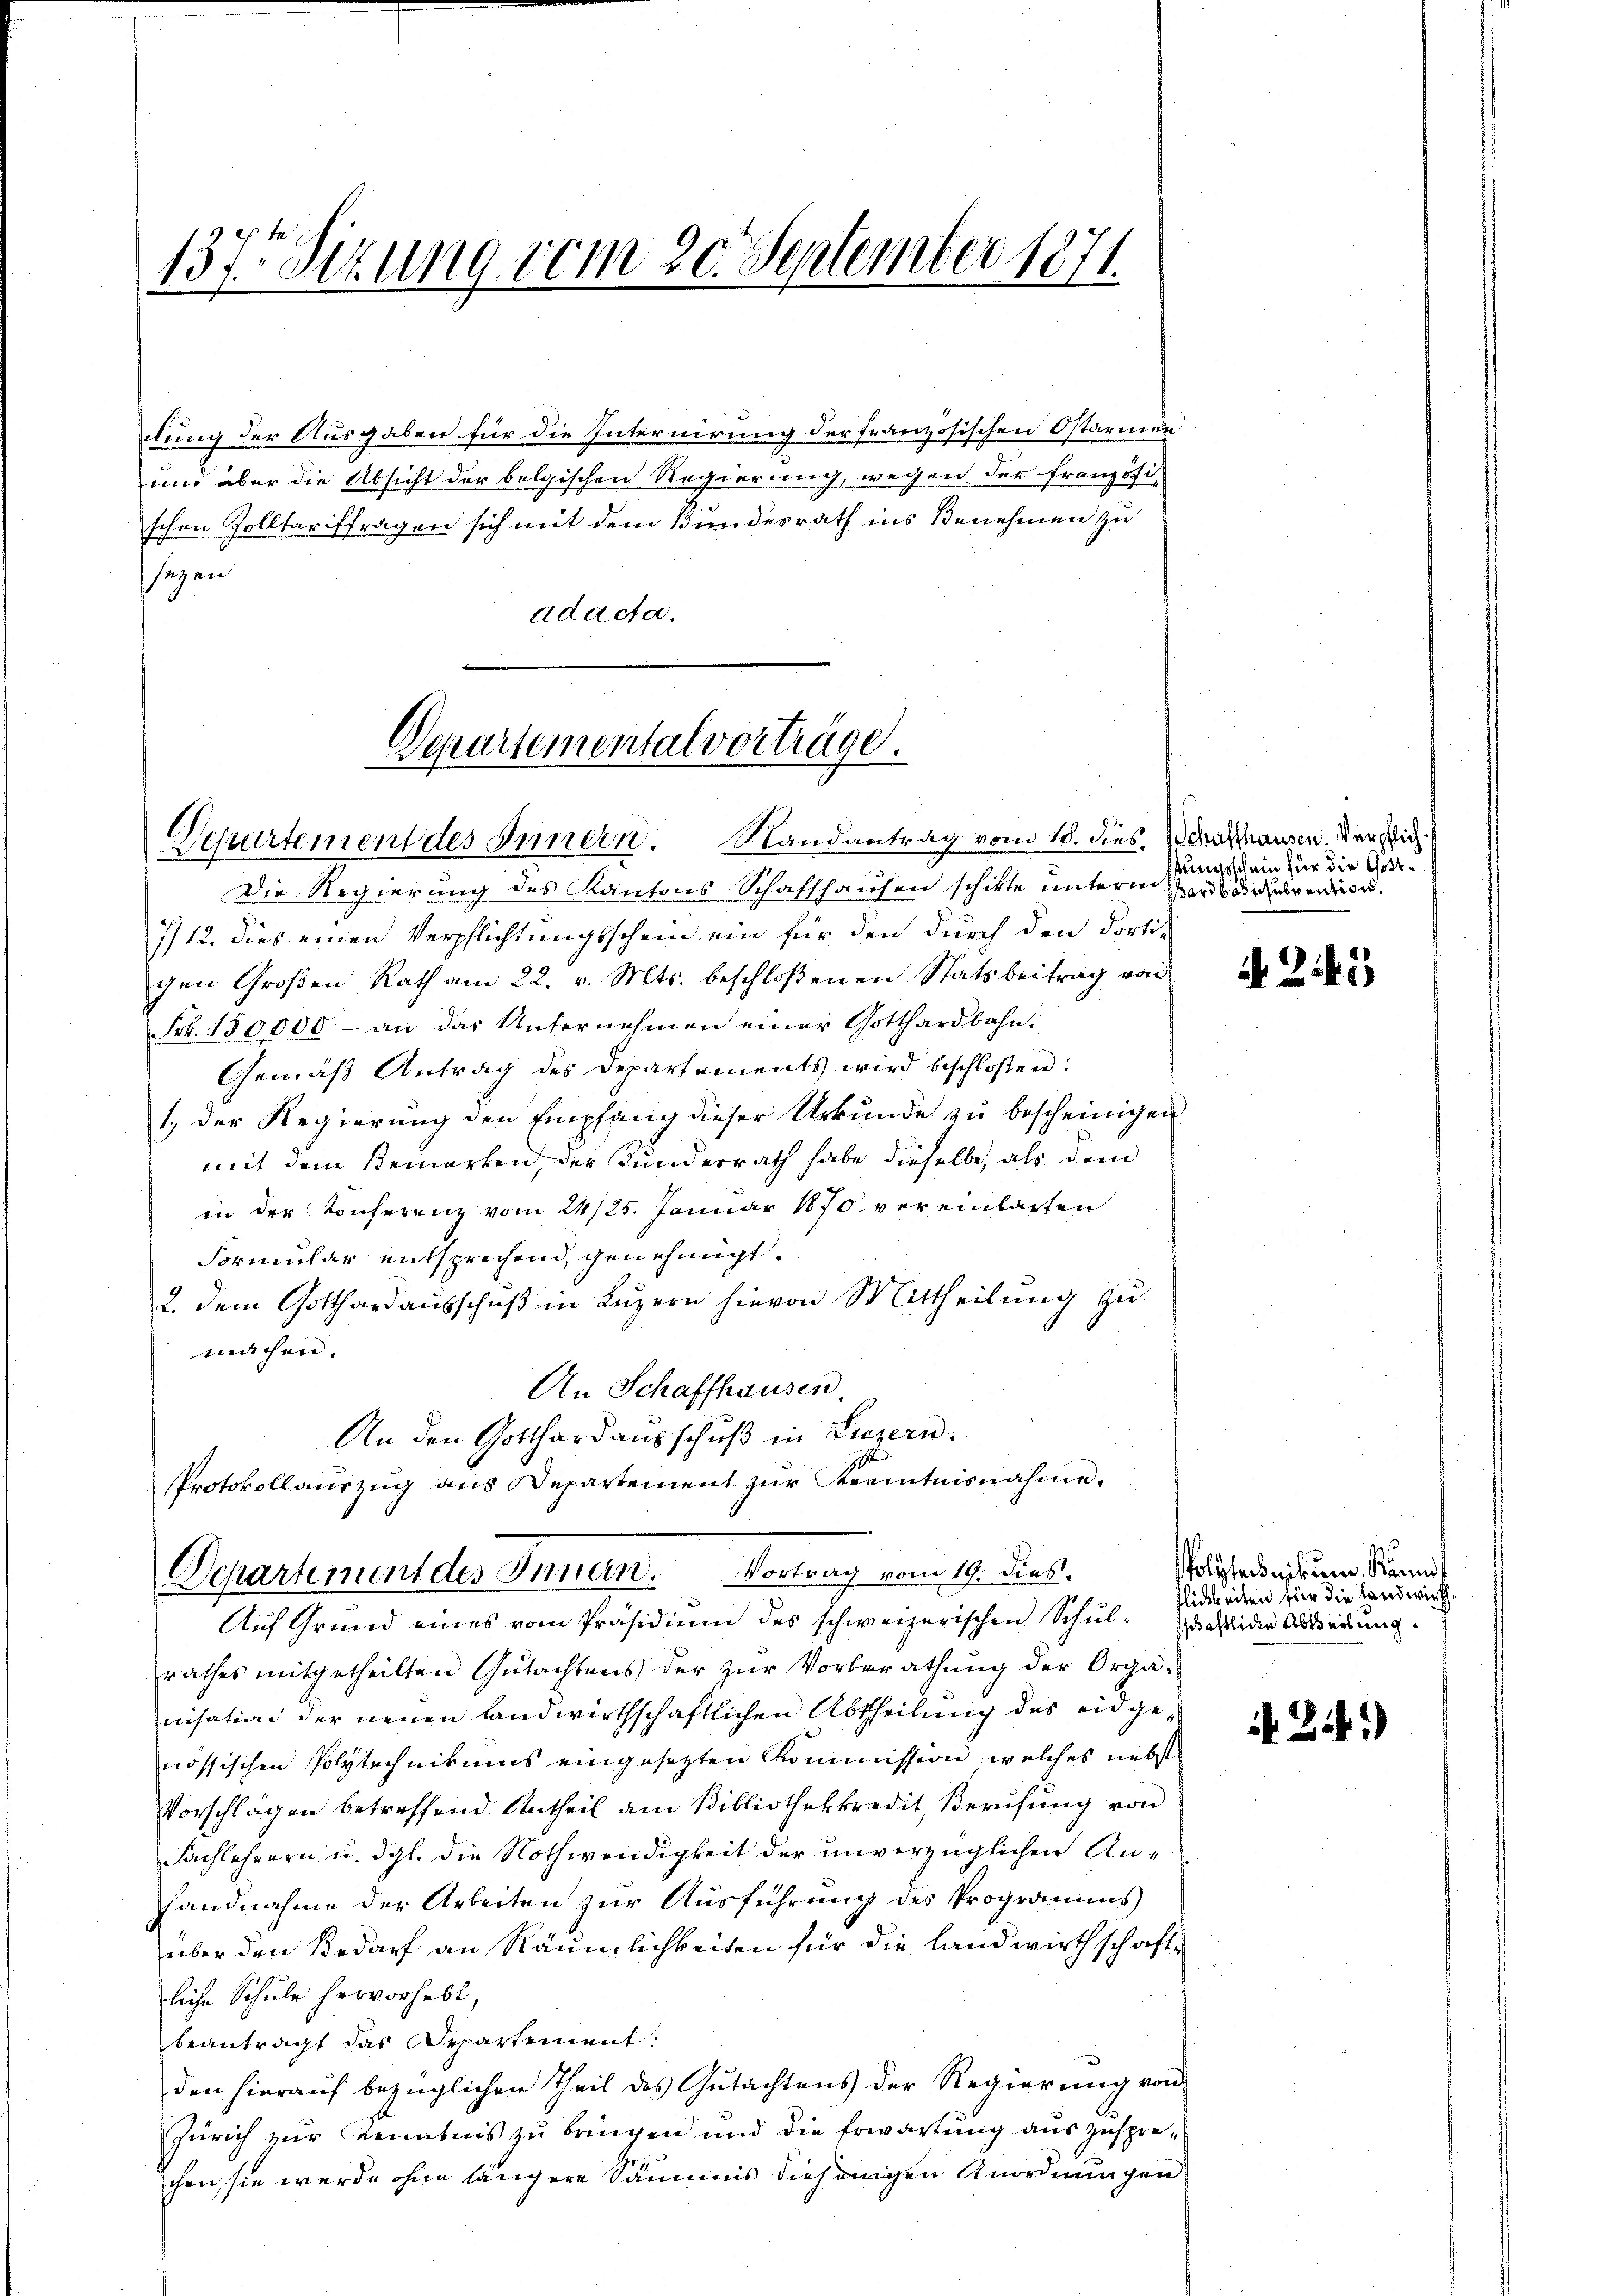
137 Sizung vom 20. September 1874.

dung der Ausgaben für die Internirung der französischen Ostarmen
und aber die Absicht der belgischen Regierung, wegen der Französi-
schen Zolltariffragen sich mit dem Bundesrath ins Benehmen zu
sezen
adacta.

Protokollauszug aus Departement zur Kenntnisnahme.
Departement des Innen. Vortrag vom 19. dies.

Departemental vorträge.

Departement des Innern. Randantrag vom 18. dies, Schrafhausen Versic

Die Regierung des Kantons Schaffhausen schikte unterm
7/12. dies einen Verpflichtungsschein ein für den durch den Forti-
gen Großen Rath am 22. v. Mts. beschloßenen Statsbeitrag von
Frk. 150000 - an das Unternehmen einer Gotthardbahn.
Gemäβ Antrag des Departements wird beschloßen:
1, der Regierung den Empfang dieser Urkunde zu bescheinigen
mit dem Bemerken, der Kunderrath habe dieselbe, als dem
in der Konferenz vom 24/25. Januar 1870 vereinbarten
Formular entsprechend, genehmigt.
2. dem Gotthardausschuß in Luzern hievon Mittheilung zu
machen.
An Schaffhausen.
An den Gotthard ausschuß in Luzern.
Auf Grund eines vom Präsidium des schweizerischen Schul- scheiden Absendung.
rathes mitgetheilten Gutachtens der zŭr Vorberathung der Orga-
nisation der neuen landwirthschaftlichen Abtheilung des eidgenössischen Polytechnikums eingesetzten Kommission, welches nebst
Vorschlägen betreffend Antheil am Bibliothekkredit, Berufung von
Sachlehrern u. dgl. die Nothwendigkeit der unverzüglichen An¬
Handnahme der Arbeiten zur Ausführung des Programms
über den Bedarf an Räumlichkeiten für die Landwirthschafte
liche Schule hervorhebt,
beantragt das Departement:
den hierauf bezüglichen Theil des Gutachtens der Regierung von
Zürich zur Kenntnis zu bringen und die Erwartung auszusprechen, sie werde ohne längere Säumis diejenigen Anordnungen

kungsschein für die Gott¬
Bardbahihubreitige.

A 215

Polytechnikum. Kännt
flichkeiten für die Landwirth¬

if. 241)